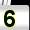
Digit: 5